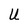
Character: U